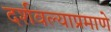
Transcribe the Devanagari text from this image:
दर्शवल्याप्रमाणे